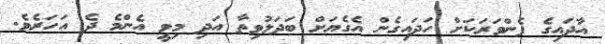
އާދައިގެ ފެންވަރަކަށް ހަދައިގެން އެގެޔަށް ބަދަލުވިތާ އަދި މިވީ އެންމެ ދެ އަހަރެވެ.